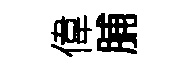
偉脯